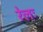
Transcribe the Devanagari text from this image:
रेलः